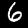
Digit: 6